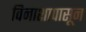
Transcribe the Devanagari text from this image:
विनाशापासून